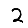
Digit: 2